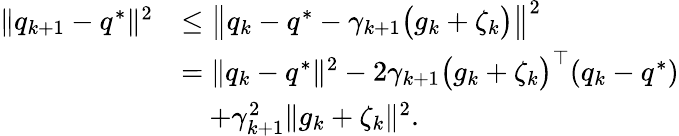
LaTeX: \begin{array}{rl}{\| q_{k+1}-q^{*}\| ^{2}}&{\leq\big\| q_{k}-q^{*}-\gamma_{k+1}\big(g_{k}+\zeta_{k}\big)\big\| ^{2}}\\ &{=\| q_{k}-q^{*}\| ^{2}-2\gamma_{k+1}\big(g_{k}+\zeta_{k}\big)^{\top}(q_{k}-q^{*})}\\ &{\quad+\gamma_{k+1}^{2}\| g_{k}+\zeta_{k}\| ^{2}.}\end{array}